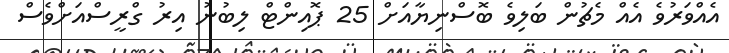
އެއްވަރުވެ އެއް މެޗުން ބަލިވެ ބޮސްނިޔާއަށް 25 ޕޮއިންޓް ލިބުނު އިރު ގްރީސްއަށްވެސް